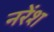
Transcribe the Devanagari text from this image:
नरेंश